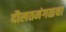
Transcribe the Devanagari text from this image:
दौलतमंगळचा